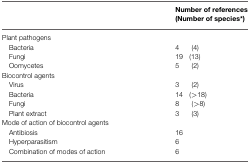
<table><thead><tr><td></td><td colspan="2"><b>Number of references (Number of species*)</b></td></tr></thead><tbody><tr><td>Plant pathogens</td><td></td><td></td></tr><tr><td> Bacteria</td><td>4</td><td>(4)</td></tr><tr><td> Fungi</td><td>19</td><td>(13)</td></tr><tr><td> Oomycetes</td><td>5</td><td>(2)</td></tr><tr><td>Biocontrol agents</td><td></td><td></td></tr><tr><td> Virus</td><td>3</td><td>(2)</td></tr><tr><td> Bacteria</td><td>14</td><td>(&gt;18)</td></tr><tr><td> Fungi</td><td>8</td><td>(&gt;8)</td></tr><tr><td> Plant extract</td><td>3</td><td>(3)</td></tr><tr><td>Mode of action of biocontrol agents</td><td></td><td></td></tr><tr><td> Antibiosis</td><td>16</td><td></td></tr><tr><td> Hyperparasitism</td><td>6</td><td></td></tr><tr><td> Combination of modes of action</td><td>6</td><td></td></tr></tbody></table>